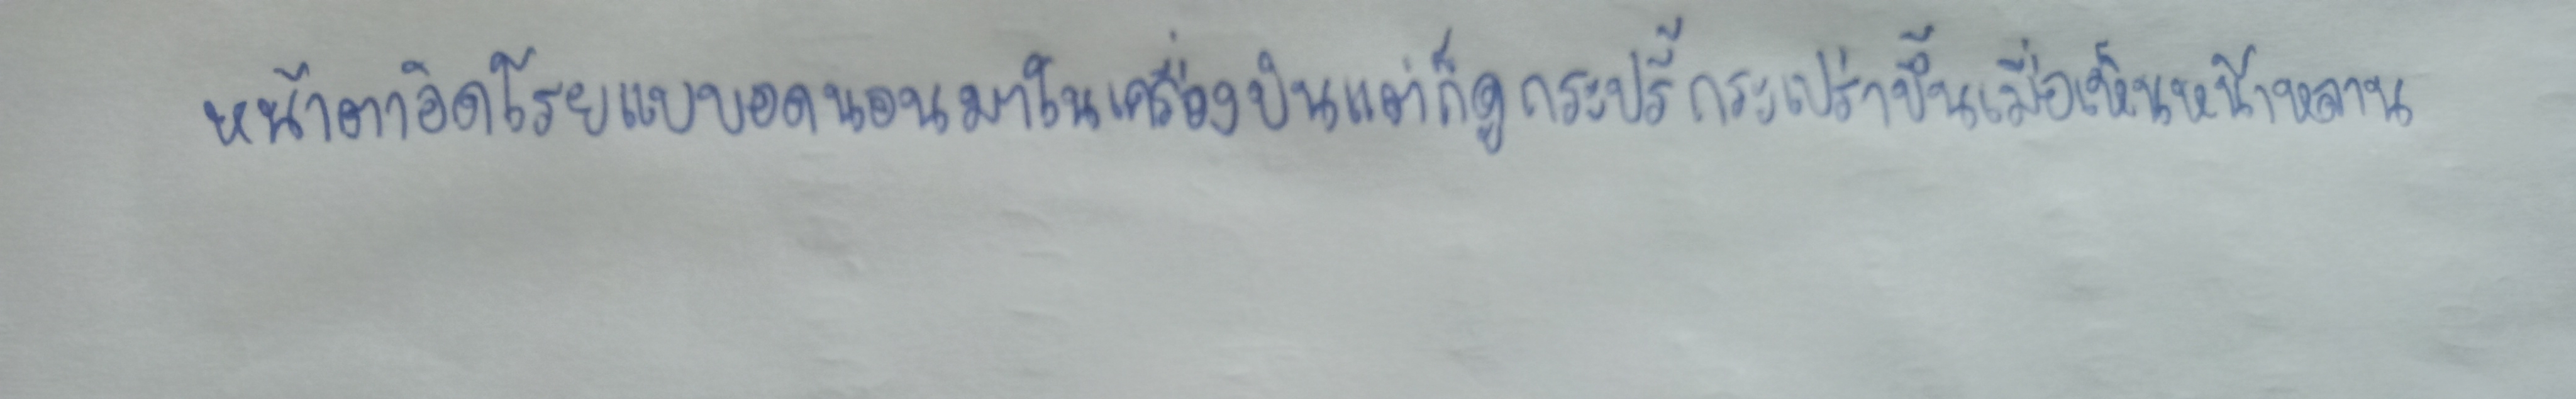
หน้าตาอิดโรยแบบอดนอนมาในเครื่องบินแต่ก็ดูกระปรี้กระเปร่าขึ้นเมื่อเห็นหน้าหลาน